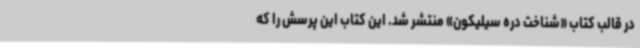
در قالب کتاب «شناخت دره سیلیکون» منتشر شد. این کتاب این پرسش را که